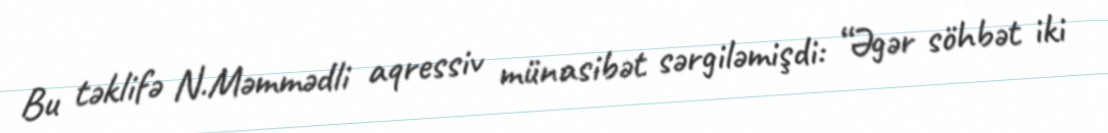
Bu təklifə N.Məmmədli aqressiv münasibət sərgiləmişdi: “Əgər söhbət iki